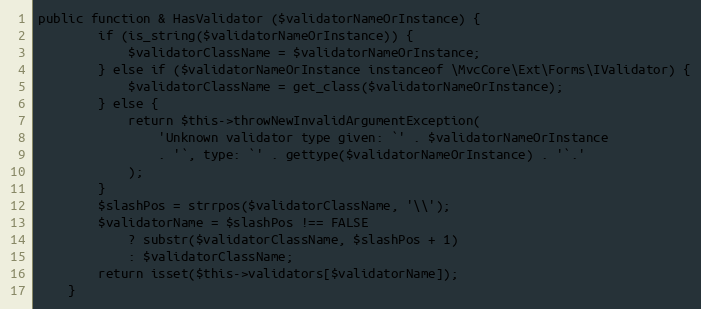
Language: PHP
public function & HasValidator ($validatorNameOrInstance) {
		if (is_string($validatorNameOrInstance)) {
			$validatorClassName = $validatorNameOrInstance;
		} else if ($validatorNameOrInstance instanceof \MvcCore\Ext\Forms\IValidator) {
			$validatorClassName = get_class($validatorNameOrInstance);
		} else {
			return $this->throwNewInvalidArgumentException(
				'Unknown validator type given: `' . $validatorNameOrInstance
				. '`, type: `' . gettype($validatorNameOrInstance) . '`.'
			);
		}
		$slashPos = strrpos($validatorClassName, '\\');
		$validatorName = $slashPos !== FALSE
			? substr($validatorClassName, $slashPos + 1)
			: $validatorClassName;
		return isset($this->validators[$validatorName]);
	}